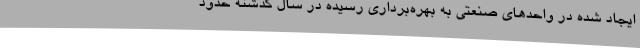
ایجاد شده در واحدهای صنعتی به بهره‌برداری رسیده در سال گذشته حدود